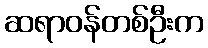
ဆရာဝန်တစ်ဦးက